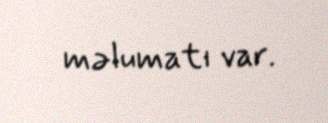
məlumatı var.